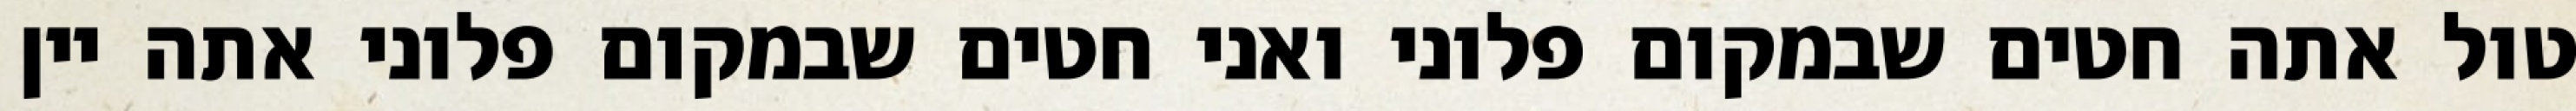
טול אתה חטים שבמקום פלוני ואני חטים שבמקום פלוני אתה יין